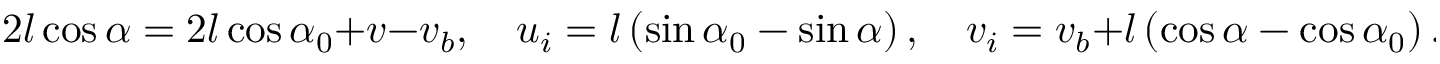
2 l \cos { \alpha } = 2 l \cos { \alpha _ { 0 } } + v - v _ { b } , \quad u _ { i } = l \left( \sin { \alpha _ { 0 } } - \sin { \alpha } \right) , \quad v _ { i } = v _ { b } + l \left( \cos { \alpha } - \cos { \alpha _ { 0 } } \right) .